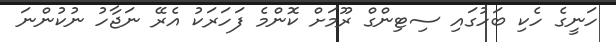
ހަނީގެ ހެކި ބަހުގައި ސިޓިންގް ރޫމަށް ކޮންމެ ފަހަރަކު އެރޭ ނަޖާހު ނުކުންނަ